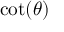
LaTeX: \cot ( \theta )